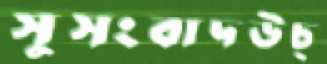
সুসংবাদউচ্